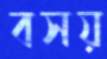
বসয়